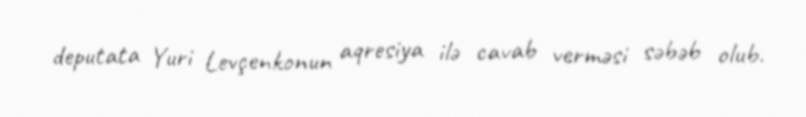
deputata Yuri Levçenkonun aqresiya ilə cavab verməsi səbəb olub.